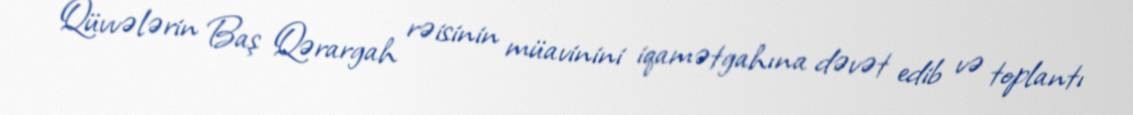
Qüvvələrin Baş Qərargah rəisinin müavinini iqamətgahına dəvət edib və toplantı